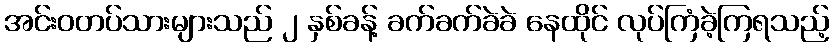
အင်းဝတပ်သားများသည် ၂ နှစ်ခန့် ခက်ခက်ခဲခဲ နေထိုင် လုပ်ကြံခဲ့ကြရသည့်